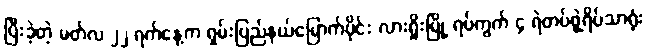
ပြီးခဲ့တဲ့ မတ်လ ၂၂ ရက်နေ့က ရှမ်းပြည်နယ်မြောက်ပိုင်း လားရှိုးမြို့ ရပ်ကွက် ၄ ရဲတပ်ဖွဲ့ရိပ်သာရုံး